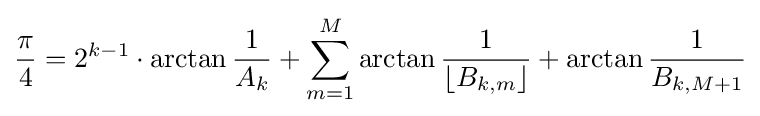
{\frac {\pi }{4}}=2^{k-1}\cdot \arctan {\frac {1}{A_{k}}}+\sum \limits _{m=1}^{M}\arctan {\frac {1}{\left\lfloor B_{k,m}\right\rfloor }}+\arctan {\frac {1}{B_{k,M+1}}}